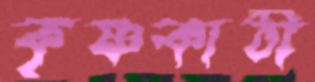
কৃষ্ণকাঠী